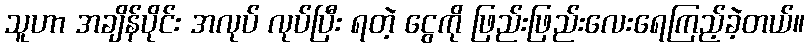
သူဟာ အချိန်ပိုင်း အလုပ် လုပ်ပြီး ရတဲ့ ငွေကို ဖြည်းဖြည်းလေးရေကြည့်ခဲ့တယ်။